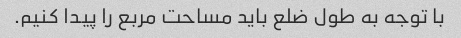
با توجه به طول ضلع باید مساحت مربع را پیدا کنیم.